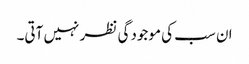
ان سب کی موجودگی نظر نہیں آتی۔